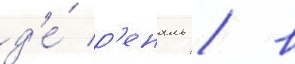
д'е́ р'еналь / в